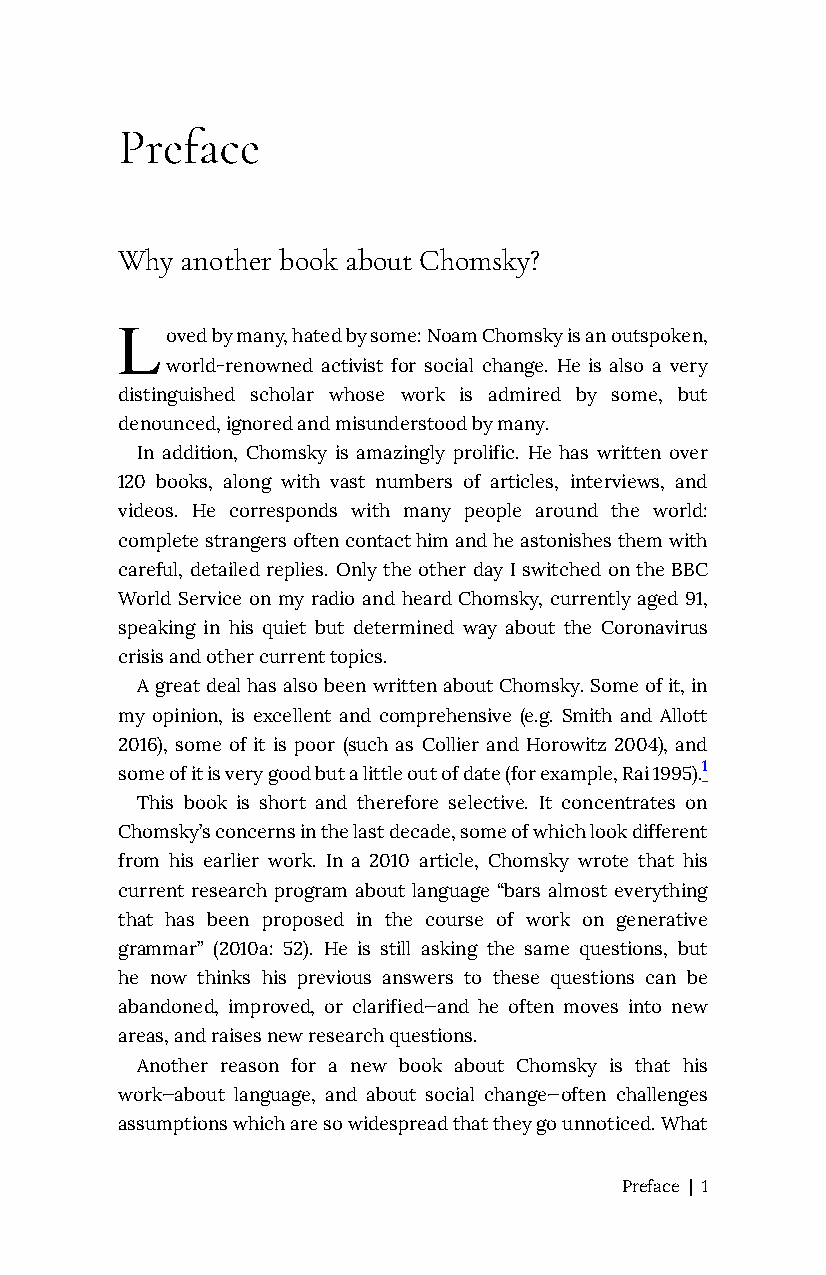
Preface
 Why another book about Chomsky?
 L
 oved by many, hated by some: Noam Chomsky is an outspoken,
 world-renowned activist for social change. He is also a very
 distinguished scholar whose work is admired by some, but
 denounced, ignored and misunderstood by many.
 In addition, Chomsky is amazingly prolific. He has written over
 120 books, along with vast numbers of articles, interviews, and
 videos. He corresponds with many people around the world:
 complete strangers often contact him and he astonishes them with
 careful, detailed replies. Only the other day I switched on the BBC
 World Service on my radio and heard Chomsky, currently aged 91,
 speaking in his quiet but determined way about the Coronavirus
 crisis and other current topics.
 A great deal has also been written about Chomsky. Some of it, in
 my opinion, is excellent and comprehensive (e.g. Smith and Allott
 2016), some of it is poor (such as Collier and Horowitz 2004), and
 some of it is very good but a little out of date (for example, Rai 1995).1
 This book is short and therefore selective. It concentrates on
 Chomsky’s concerns in the last decade, some of which look different
 from his earlier work. In a 2010 article, Chomsky wrote that his
 current research program about language “bars almost everything
 that has been proposed in the course of work on generative
 grammar” (2010a: 52). He is still asking the same questions, but
 he now thinks his previous answers to these questions can be
 abandoned, improved, or clarified—and he often moves into new
 areas, and raises new research questions.
 Another reason for a new book about Chomsky is that his
 work—about language, and about social change—often challenges
 assumptions which are so widespread that they go unnoticed. What
 Preface | 1